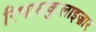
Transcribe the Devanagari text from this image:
रिभासकुलाइज़ार